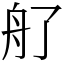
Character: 䑠